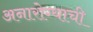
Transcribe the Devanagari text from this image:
अनारोग्याची